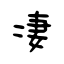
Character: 凄